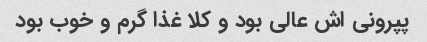
پپرونی اش عالی بود و کلا غذا گرم و خوب بود